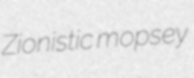
Zionistic mopsey